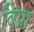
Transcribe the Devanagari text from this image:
विप्रा